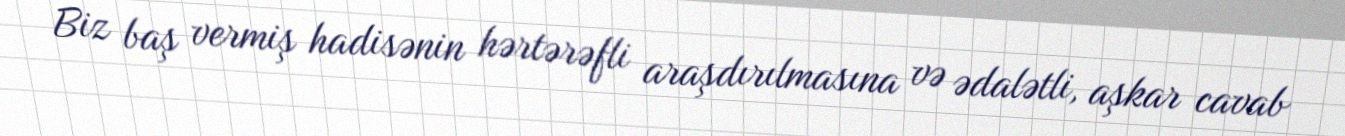
Biz baş vermiş hadisənin hərtərəfli araşdırılmasına və ədalətli, aşkar cavab